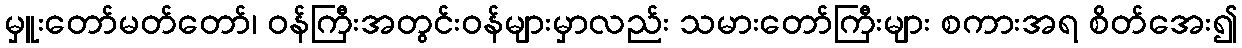
မှူးတော်မတ်တော်၊ ဝန်ကြီးအတွင်းဝန်များမှာလည်း သမားတော်ကြီးများ စကားအရ စိတ်အေး၍